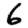
Digit: 6